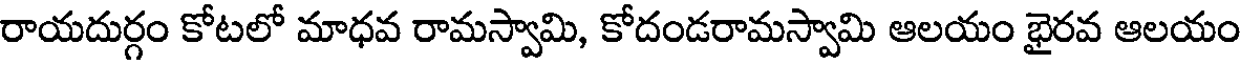
రాయదుర్గం కోటలో మాధవ రామస్వామి, కోదండరామస్వామి ఆలయం భైరవ ఆలయం